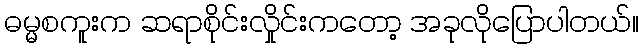
ဓမ္မစကူးက ဆရာစိုင်းလှိုင်းကတော့ အခုလိုပြောပါတယ်။